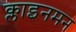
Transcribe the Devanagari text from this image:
क्लाइनमन